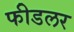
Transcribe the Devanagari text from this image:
फीडलर